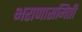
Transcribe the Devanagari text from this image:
भराणासमिती